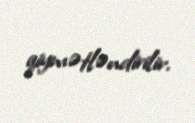
qiymətləndirilir.